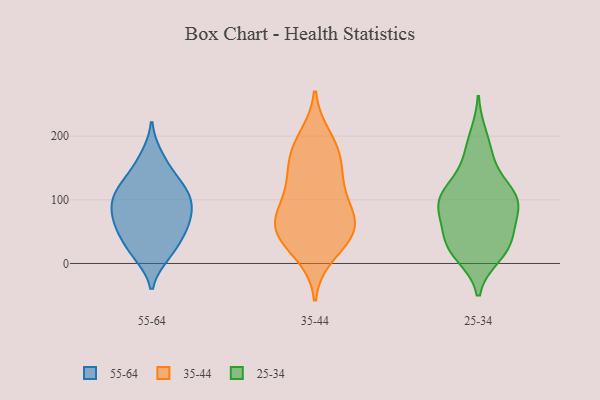
{"axis": {"x": "Operating Costs (USD K)", "y": "Value"}, "legend": ["25-34", "35-44", "55-64"], "data": [{"x": "", "y": 97, "type": "55-64"}, {"x": "", "y": 109, "type": "55-64"}, {"x": "", "y": 127, "type": "55-64"}, {"x": "", "y": 55, "type": "55-64"}, {"x": "", "y": 86, "type": "55-64"}, {"x": "", "y": 17, "type": "55-64"}, {"x": "", "y": 112, "type": "55-64"}, {"x": "", "y": 63, "type": "55-64"}, {"x": "", "y": 59, "type": "55-64"}, {"x": "", "y": 169, "type": "55-64"}, {"x": "", "y": 87, "type": "55-64"}, {"x": "", "y": 13, "type": "55-64"}, {"x": "", "y": 39, "type": "55-64"}, {"x": "", "y": 141, "type": "55-64"}, {"x": "", "y": 173, "type": "35-44"}, {"x": "", "y": 54, "type": "35-44"}, {"x": "", "y": 84, "type": "35-44"}, {"x": "", "y": 178, "type": "35-44"}, {"x": "", "y": 197, "type": "35-44"}, {"x": "", "y": 69, "type": "35-44"}, {"x": "", "y": 77, "type": "35-44"}, {"x": "", "y": 40, "type": "35-44"}, {"x": "", "y": 15, "type": "35-44"}, {"x": "", "y": 49, "type": "35-44"}, {"x": "", "y": 118, "type": "35-44"}, {"x": "", "y": 150, "type": "35-44"}, {"x": "", "y": 128, "type": "35-44"}, {"x": "", "y": 48, "type": "35-44"}, {"x": "", "y": 29, "type": "25-34"}, {"x": "", "y": 87, "type": "25-34"}, {"x": "", "y": 102, "type": "25-34"}, {"x": "", "y": 13, "type": "25-34"}, {"x": "", "y": 106, "type": "25-34"}, {"x": "", "y": 119, "type": "25-34"}, {"x": "", "y": 106, "type": "25-34"}, {"x": "", "y": 96, "type": "25-34"}, {"x": "", "y": 200, "type": "25-34"}, {"x": "", "y": 31, "type": "25-34"}, {"x": "", "y": 28, "type": "25-34"}, {"x": "", "y": 16, "type": "25-34"}, {"x": "", "y": 56, "type": "25-34"}, {"x": "", "y": 112, "type": "25-34"}, {"x": "", "y": 175, "type": "25-34"}, {"x": "", "y": 78, "type": "25-34"}, {"x": "", "y": 38, "type": "25-34"}, {"x": "", "y": 80, "type": "25-34"}, {"x": "", "y": 158, "type": "25-34"}]}